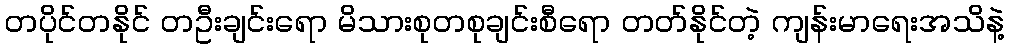
တပိုင်တနိုင် တဦးချင်းရော မိသားစုတစုချင်းစီရော တတ်နိုင်တဲ့ ကျန်းမာရေးအသိနဲ့